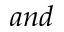
a n d